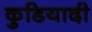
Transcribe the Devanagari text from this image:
कुडियादी